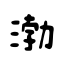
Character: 渤